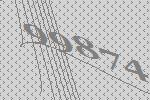
99874